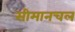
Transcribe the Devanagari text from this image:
सीमानचल